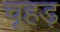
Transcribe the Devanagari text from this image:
चूहड़